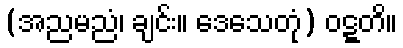
(အညမညံ၊ ချင်း။ ဒေသေတုံ) ဝဋ္ဋတိ။